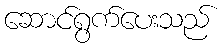
ဆောင်ရွက်ပေးသည်